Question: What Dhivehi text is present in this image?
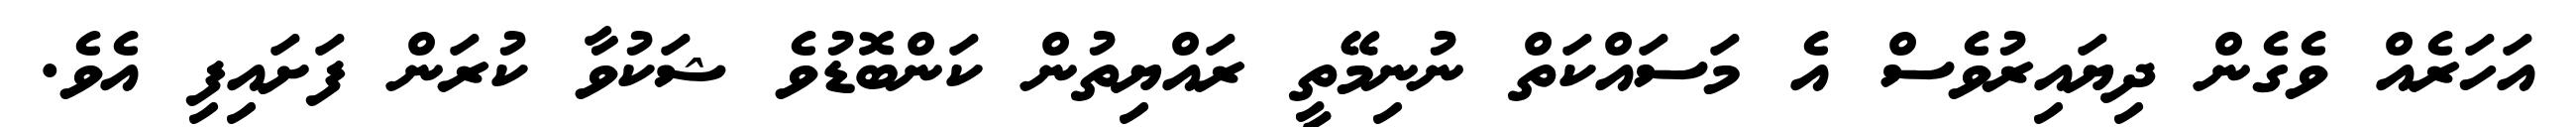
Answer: އަހަރެއް ވެގެން ދިޔައިރުވެސް އެ މަސައްކަތް ނުނިމޭތީ ރައްޔިތުން ކަންބޮޑުވެ ޝަކުވާ ކުރަން ފަށައިފި އެވެ.